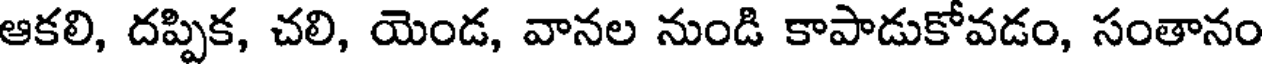
ఆకలి, దప్పిక, చలి, యెండ, వానల నుండి కాపాడుకోవడం, సంతానం